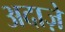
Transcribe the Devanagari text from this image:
अदाज़े